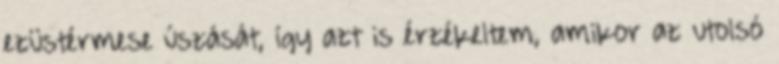
ezüstérmese úszását, így azt is érzékeltem, amikor az utolsó